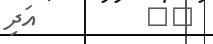
٢٠         އަދި